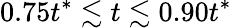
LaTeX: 0.75t^{*}\lesssim t\lesssim 0.90t^{*}